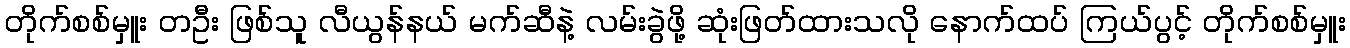
တိုက်စစ်မှူး တဦး ဖြစ်သူ လီယွန်နယ် မက်ဆီနဲ့ လမ်းခွဲဖို့ ဆုံးဖြတ်ထားသလို နောက်ထပ် ကြယ်ပွင့် တိုက်စစ်မှူး